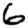
Digit: 6